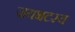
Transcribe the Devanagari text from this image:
जयभटस्य